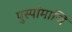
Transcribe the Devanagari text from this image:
पुस्पांमाजि